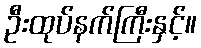
ဦးထုပ်နက်ကြီးနှင့်။